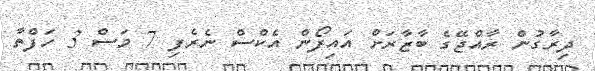
ދިރާގުން ރާއްޖޭގެ ބާޒާރަށް އައިފޯން އެކްސް ނެރެފި 7 މަސް 3 ހަފްތާ